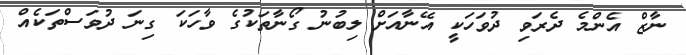
ނާޒް އެންމެ ދެރަވި ދުވަހަކީ އޭނާއަށް ލިބުނު ގޯނާތަކުގެ ވާހަކަ ގިނަ ދުވަސްތަކެއް